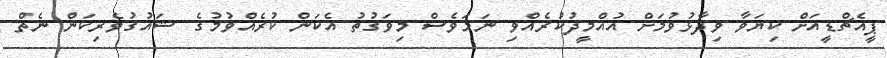
ޕީއެޗްޑީއަށް ކިޔަވާ ވިދާޅުވުމަށް އުއްމީދުކުރެއްވި ނަމަވެސް މިވަގުތު އެކަން ކުރެއްވުމުގެ ޝައުގުވެރިކަން ނެތް